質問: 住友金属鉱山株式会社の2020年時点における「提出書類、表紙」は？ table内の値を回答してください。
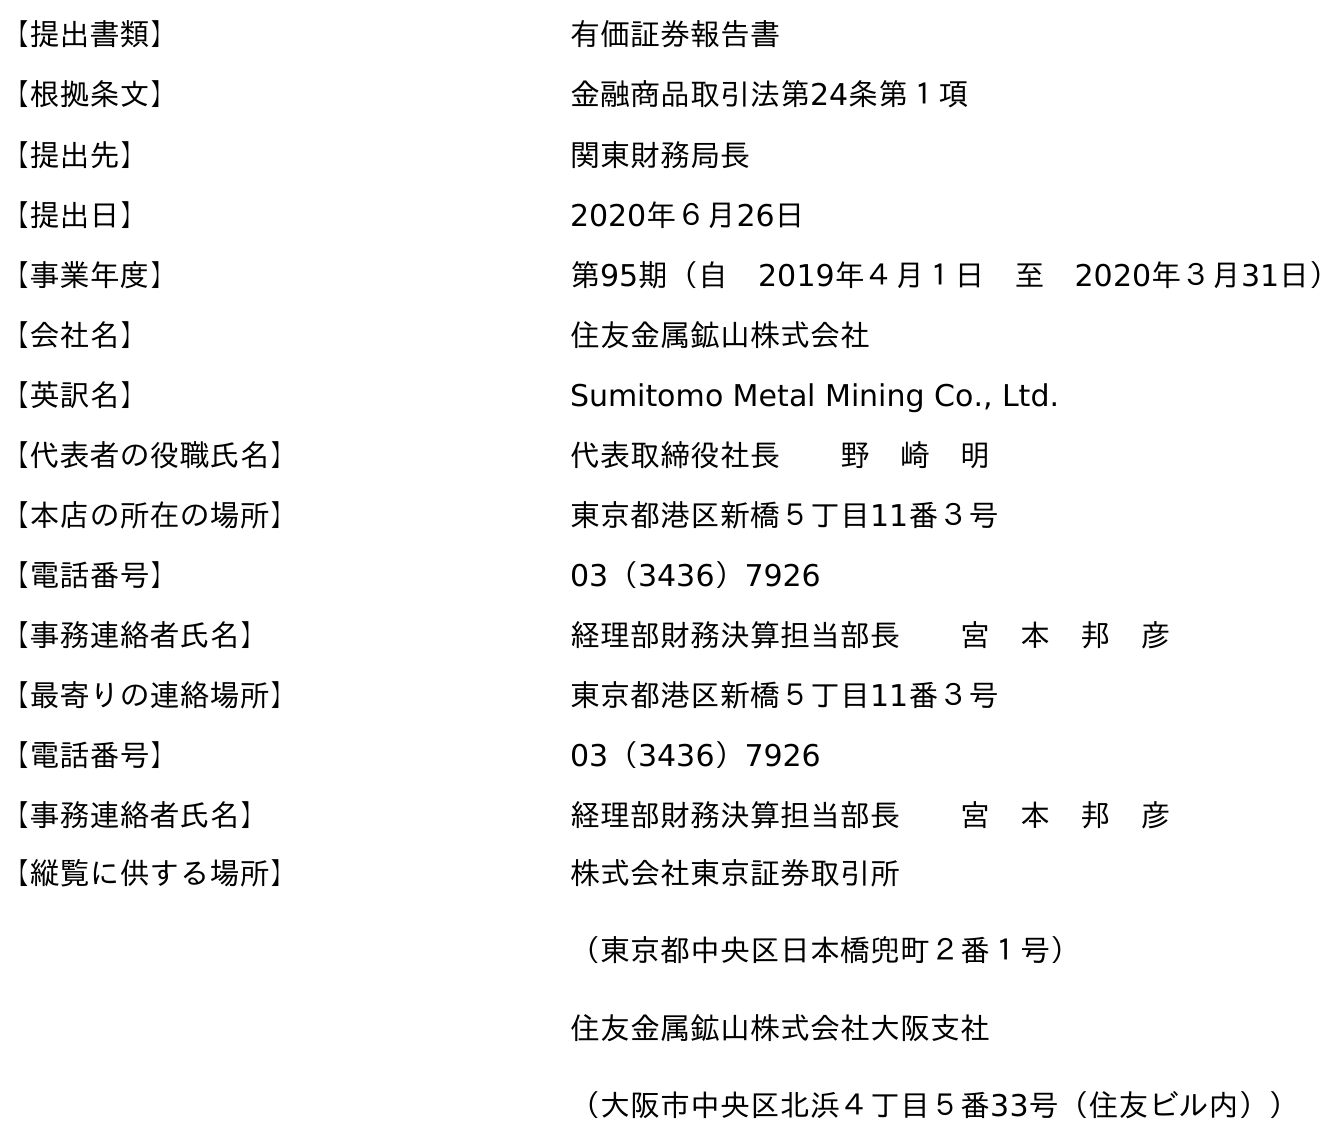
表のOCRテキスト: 【提出書類】 有価証券報告書 【根拠条文】 金融商品取引法第24条第１項 【提出先】 関東財務局長 【提出日】 2020年６月26日 【事業年度】 第95期（自 2019年４月１日 至 2020年３月31日） 【会社名】 住友金属鉱山株式会社 【英訳名】 Sumitomo Metal Mining Co., Ltd. 【代表者の役職氏名】 代表取締役社長  野 崎 明 【本店の所在の場所】 東京都港区新橋５丁目11番３号 【電話番号】 03（3436）7926 【事務連絡者氏名】 経理部財務決算担当部長  宮 本 邦 彦 【最寄りの連絡場所】 東京都港区新橋５丁目11番３号 【電話番号】 03（3436）7926 【事務連絡者氏名】 経理部財務決算担当部長  宮 本 邦 彦 【縦覧に供する場所】 株式会社東京証券取引所 （東京都中央区日本橋兜町２番１号） 住友金属鉱山株式会社大阪支社 （大阪市中央区北浜４丁目５番33号（住友ビル内））
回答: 有価証券報告書